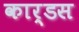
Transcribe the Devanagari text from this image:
कार्डस